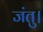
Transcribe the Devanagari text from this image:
जंतु।